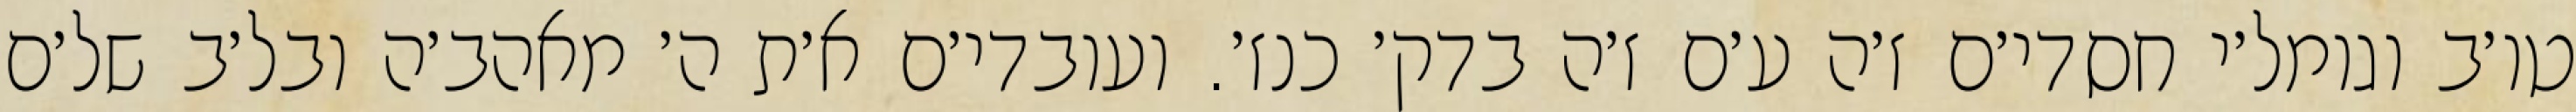
טו׳ב וגומל׳י חסדי׳ם ז׳ה ע׳ם ז׳ה בדק׳ כנז׳. ועובדי׳ם א׳ת ה׳ מאהב׳ה ובל׳ב של׳ם